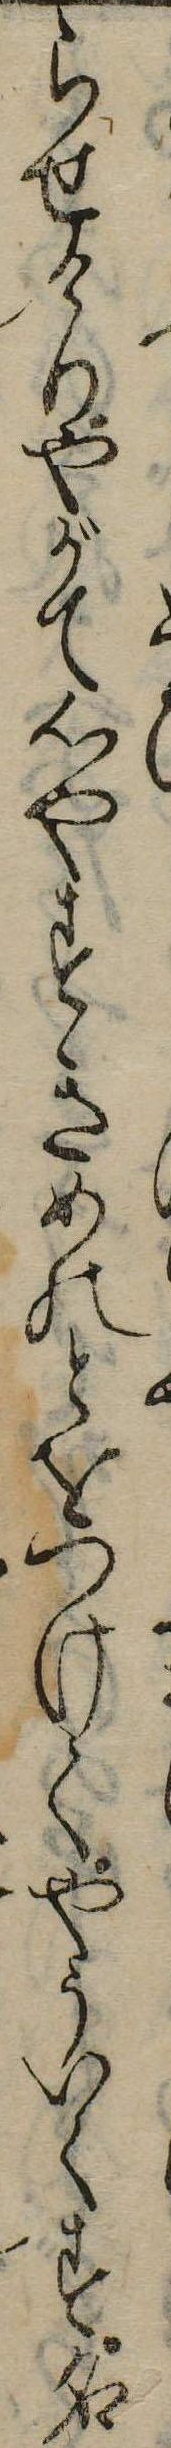
らせけりやがて心やすきめのとをつけてやういくす名